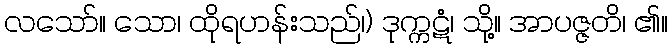
လသော်။ သော၊ ထိုရဟန်းသည်၊) ဒုက္ကဋံ၊ သို့။ အာပဇ္ဇတိ၊ ၏။